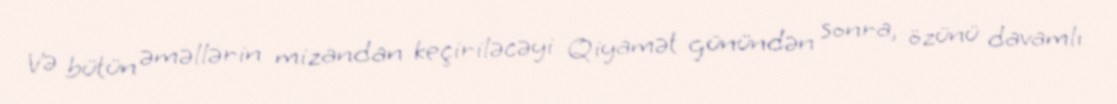
Və bütün əməllərin mizandan keçiriləcəyi Qiyamət günündən sonra, özünü davamlı